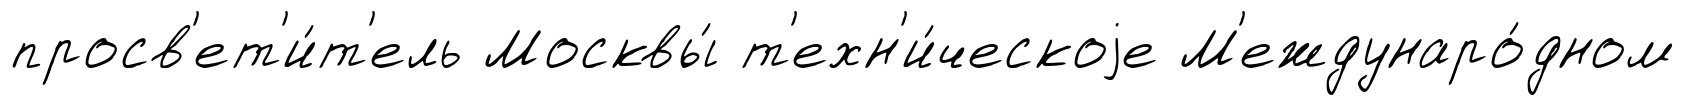
просв'ет'и́т'ель Москвы́ т'ехн'и́ческоjе М'еждунаро́дном